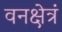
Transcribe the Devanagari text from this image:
वनक्षेत्रं